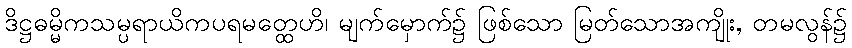
ဒိဋ္ဌဓမ္မိကသမ္ပရာယိကပရမတ္ထေဟိ၊ မျက်မှောက်၌ ဖြစ်သော မြတ်သောအကျိုး, တမလွန်၌